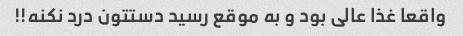
واقعا غذا عالی بود و به موقع رسید دستتون درد نکنه!!